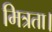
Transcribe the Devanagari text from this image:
मित्रता।